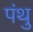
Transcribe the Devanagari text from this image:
पंथु